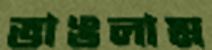
ভাঙলাম